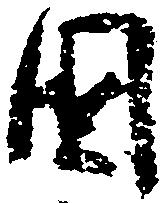
国